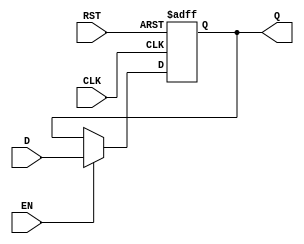
module Barrier_Register (
    input wire [7:0] D,      // Data input (8 bits for example, can be adjusted as needed)
    input wire EN,           // Enable signal
    input wire CLK,          // Clock signal
    input wire RST,          // Asynchronous reset signal
    output reg [7:0] Q       // Data output
);

// Define the predefined reset value
parameter RESET_VALUE = 8'b00000000;

always @(posedge CLK or posedge RST) begin
    if (RST) begin
        // Asynchronous reset
        Q <= RESET_VALUE;
    end else if (EN) begin
        // Capture data on rising edge of clock when enabled
        Q <= D;
    end
    // If EN is low, hold the last value of Q
end

endmodule